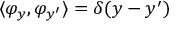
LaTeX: \langle \varphi _ { y } , \varphi _ { y ^ { \prime } } \rangle = \delta ( y - y ^ { \prime } )